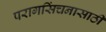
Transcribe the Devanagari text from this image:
परागसिंचनासाठी